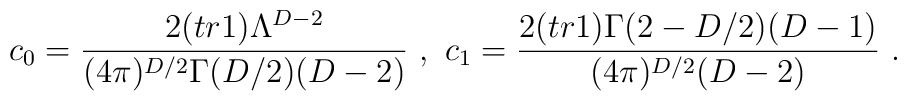
c_0=\frac{2(tr1)\Lambda^{D-2}}{(4\pi)^{D/2}\Gamma(D/2)(D-2)}\ ,\ c_1=\frac{2(tr1)\Gamma (2-D/2)(D-1)}{(4\pi)^{D/2}(D-2)}\ .